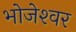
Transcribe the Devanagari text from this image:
भोजेश्‍वर